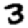
Digit: 3